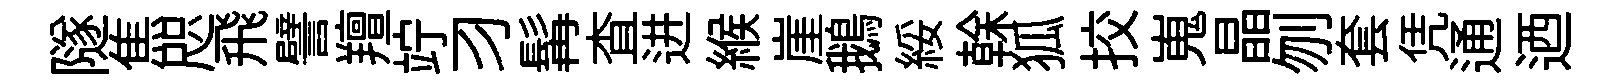
隧焦咫飛譬羶竚习髯查进緱崖鵝綏𠏉狐挍嵬晶刎套凭通迺